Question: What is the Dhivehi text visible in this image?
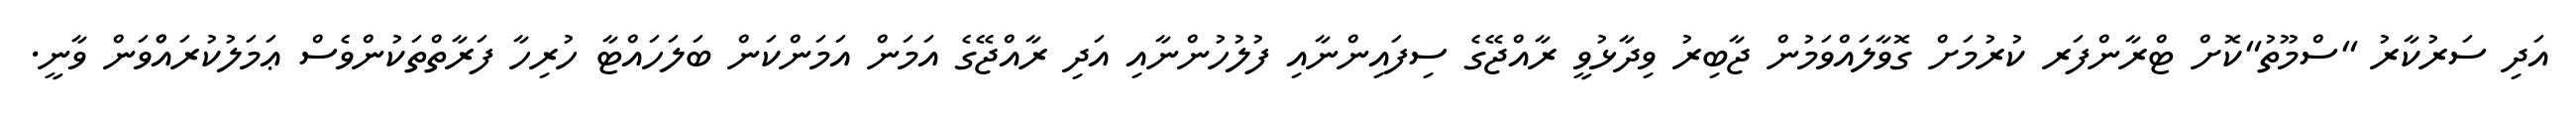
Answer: އަދި ސަރުކާރު "ސްމޫތު"ކޮށް ޓްރާންފަރ ކުރުމަށް ގޮވާލައްވަމުން ޖާބިރު ވިދާޅުވީ ރާއްޖޭގެ ސިފައިންނާއި ފުލުހުންނާއި އަދި ރާއްޖޭގެ އަމަން އަމަންކަން ބަލަހައްޓާ ހުރިހާ ފަރާތްތަކުންވެސް ޢަމަލުކުރައްްވަން ވާނީ.